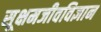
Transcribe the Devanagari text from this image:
सूक्षमजीवविज्ञान